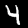
Digit: 4